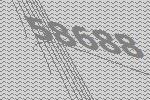
58688